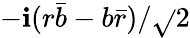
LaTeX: -\mathbf{i}(r{\bar{{b}}}-b{\bar{{r}}})/{\sqrt{}{{2}}}